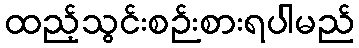
ထည့်သွင်းစဉ်းစားရပါမည်